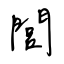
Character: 閭